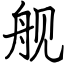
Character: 舰